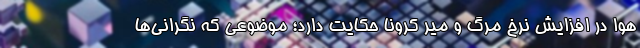
هوا در افزایش نرخ مرگ و میر کرونا حکایت دارد؛ موضوعی که نگرانی‌ها